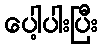
ပေါ့ပါးပြီး